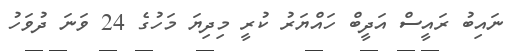
ނައިބު ރައީސް އަދީބް ހައްޔަރު ކުރީ މިދިޔަ މަހުގެ 24 ވަނަ ދުވަހު